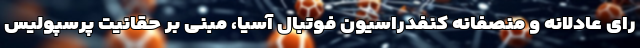
رای عادلانه و منصفانه کنفدراسیون فوتبال آسیا، مبنی بر حقانیت پرسپولیس